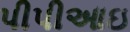
પીપીઆઇ